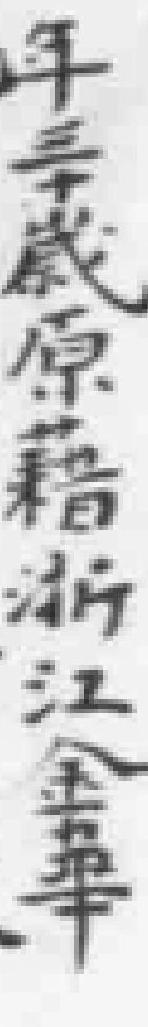
年三十歲原籍浙江金華